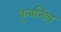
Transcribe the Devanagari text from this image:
कुर्बानोव